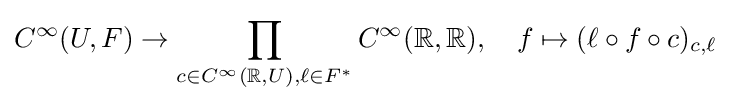
C^{\infty }(U,F)\to \prod _{c\in C^{\infty }(\mathbb {R} ,U),\ell \in F^{*}}C^{\infty }(\mathbb {R} ,\mathbb {R} ),\quad f\mapsto (\ell \circ f\circ c)_{c,\ell }